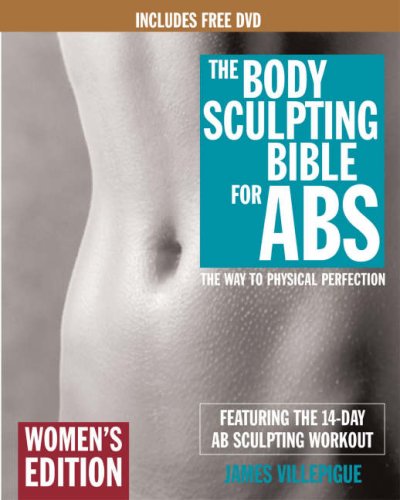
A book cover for The Body Sculpting Bible for Abs: Women's Edition, Deluxe Edition: The Way to Physical Perfection (Includes DVD); James Villepigue; Health, Fitness & Dieting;